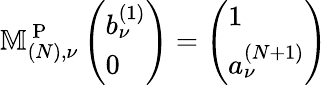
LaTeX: \mathbb{M}_{(N),\nu}^{\mathrm{~P~}}\left(\begin{array}{l}{b_{\nu}^{(1)}}\\ {0}\end{array}\right)=\left(\begin{array}{l}{1}\\ {a_{\nu}^{(N+1)}}\end{array}\right)